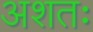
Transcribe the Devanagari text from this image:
अशतः